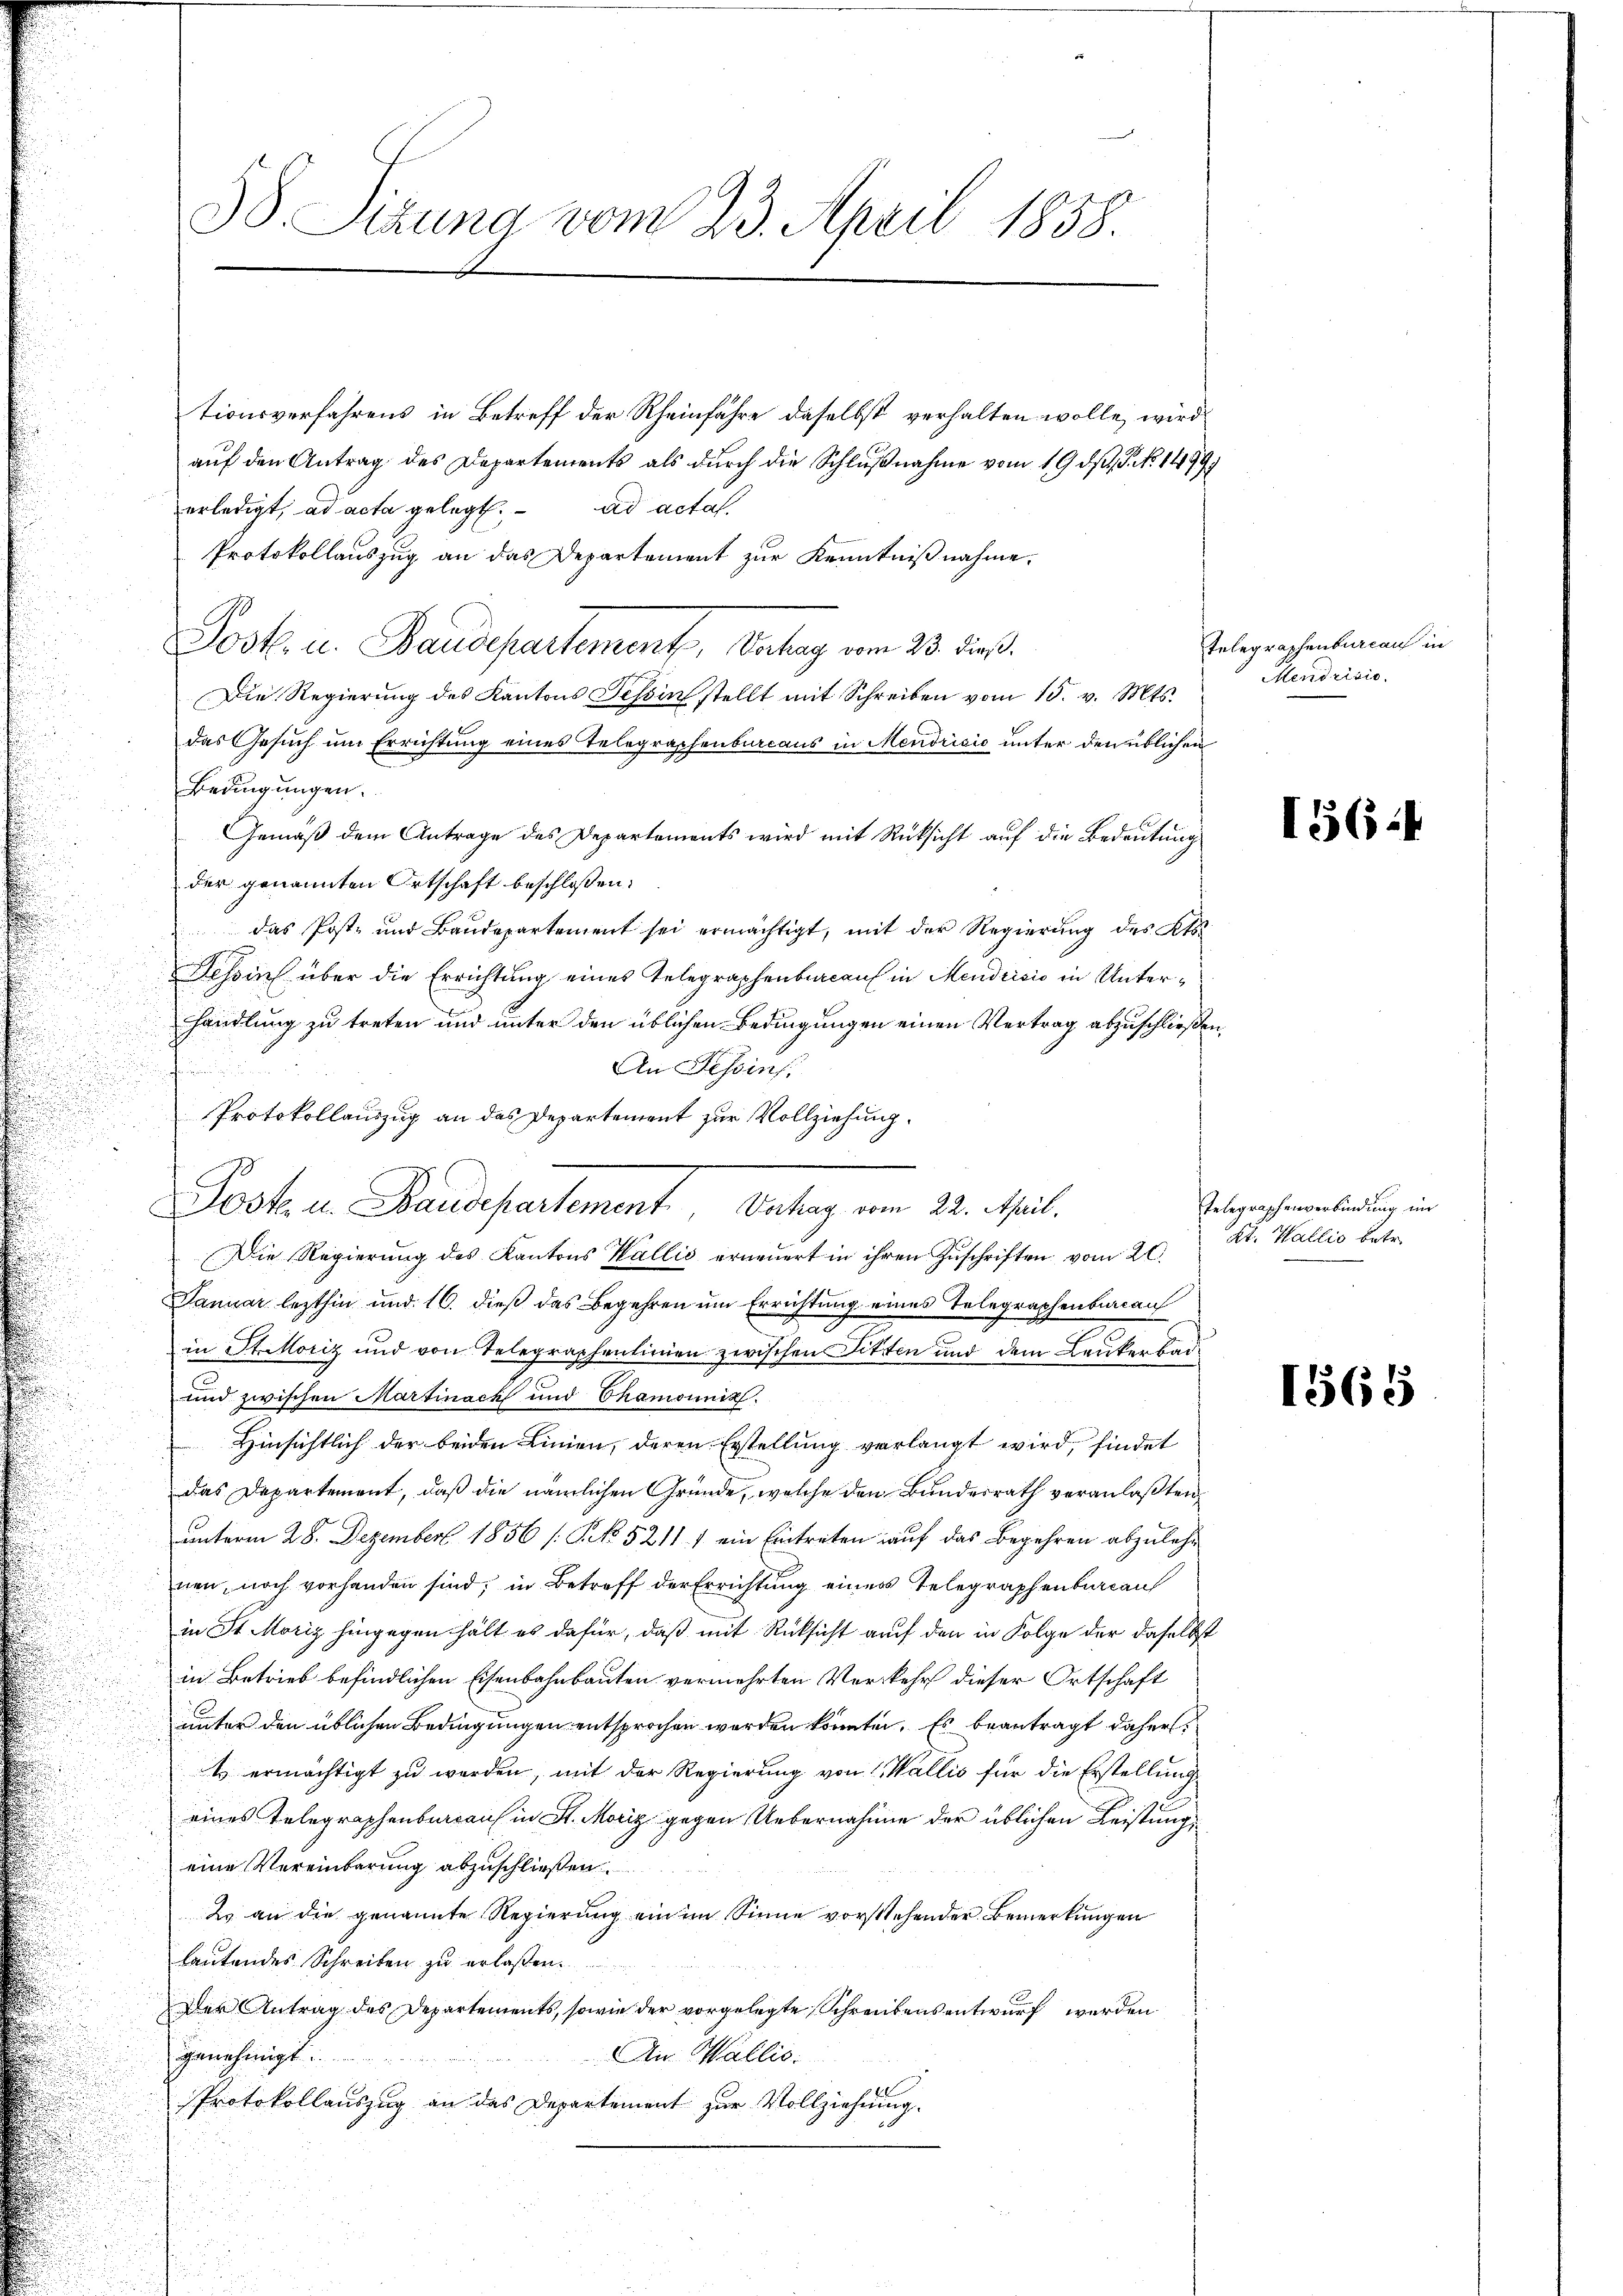
tionsverfahrens in Betreff der Rheinfahre daselbst verhalten wolle, wird
auf den Antrag des Departements als durch die Schlußnahme vom 19. ds. S. No. 1499)
ad actat.
erledigt, ad acta gelegt.
Protokollauszug an das Departement zur Kenntnißnahme.
Post. u. Baudepartement, Vertrag vom 23. dieß.
Die Regierung des Kantons Tessin stellt mit Schreiben vom 15. v. Mts.
das Gesuch um Errichtung eines Telegraphenbureaus in Mendricio unter den üblichen
Bedingungen.
Gemäß dem Antrage des Departements wird mit Rücksicht auf die Bedeutung
der genannten Ortschaft beschlossen:
das Post- und Baŭdepartement sei ermächtigt, mit der Regierŭng des Kts.
Tessin über die Errichtung eines Telegraphenbureau in Mendrisis in Unterhandlung zu treten und unter den üblichen Bedingungen einen Vertrag abzuschließen.
An Tessin.
n
Protokollauszug an das Departement zur Vollziehung.
Die Regierŭng des Kantons Wallis erneuert in ihren Zŭschriften vom 20.
Januar lezthin und 10. dieß das Begehren um Errichtung eines Telegraphenbureau
in Statoriz und von Telegraphenlinien zwischen Litten und dem Leukerbar¬
und zwischen Martinach und Chamonii
Hinsichtlich der beiden Linien, deren Erstellung verlangt wird, findet
das Departement, daß die nämlichen Gründe, welche den Bundesrath veranlaßten,
unterm 28. Dezember 1856 /: NNo. 52111 ein Eintreten auf das Begehren abzulehnen, noch vorhanden sind; in Betreff der Errichtung eines Telegraphenbureau
in St. Moriz hingegen hält es dafür, daß mit Rücksicht auf den in Folge der daselbst
in Betrieb befindlichen Eisenbahnbauten vermehrten Verkehr dieser Ortschaft
unter den üblichen Bedingungen entsprochen worden könnten. Es beantragt daher,
t ermächtigt zu werden, mit der Regierung von Wallis für die Erstellung
eines Telegraphenbureau in St. Moriz gegen Uebernahme der üblichen Leistung
eine Vereinbarung abzuschließen
2 an die genannte Regierung ein im Sinne vorstehender Bemerkungen
lautendes Schreiben zu erlaßen.
Der Antrag des Departements, sowie der vorgelegte Schreibens entwurf werden
genehmigt.
An Wallis.
Protokollauszug an das Departement zur Vollziehung.

38. Sizung vom 23. April 1858.

Posten Baudepartement, Antrag vom 22. Mil

Telegraphenbureau in
Mendrisio

156:

Telegraphenverbindung im
Kt. Wallis betr.

1565